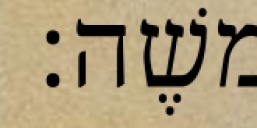
משֶׁה׃